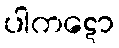
ပါကဋော